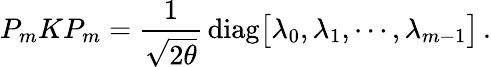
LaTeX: P_{m}KP_{m}={\frac{1}{\sqrt{2\theta}}}\, \mathrm{diag}\bigl[\lambda_{0},\lambda_{1},\cdots,\lambda_{m-1}\bigr]\, .